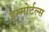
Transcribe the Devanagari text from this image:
इम्मोर्टल्स